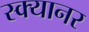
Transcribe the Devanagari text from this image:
स्क्यानर